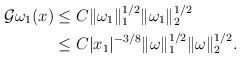
LaTeX: \begin{align*}\mathcal{G}\omega_{1}(x)&\le C\|\omega _{1}\|_{1 }^{1/2}\|\omega _{1}\|_{2 }^{1/2}\\&\le C|x_{1}|^{-3/8}\|\omega \|_{1 }^{1/2}\|\omega \|_{2 }^{1/2}.\\\end{align*}